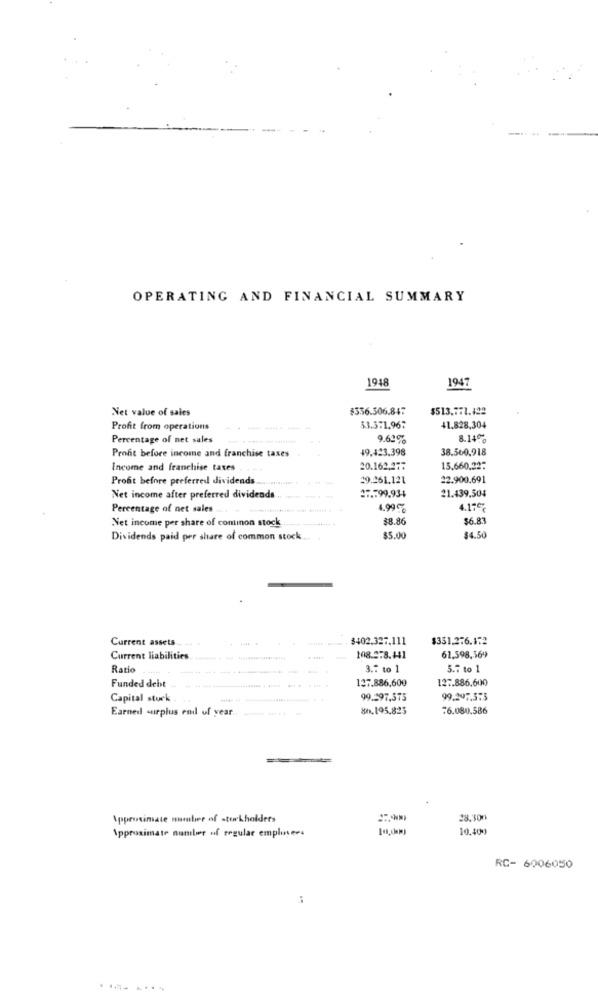
OPERATING AND FINANCIAL SUMMARY
1948
1947
Net value of sales
$356.506.84:
$513,771.122
Profit from operations
$3.371.96:
41.828,304
Percentage of net sales
9.62%
8.14%
Profit before income and franchise taxes
49.423.398
38.560,918
Income and franchise taxes
20.162.277
15,660,22:
Profit before preferred dividends.
19.261.121
22.900.691
Net income after preferred dividends.
27.599.934
21.439,504
Percentage of net sales
4.99%
4.17%
38.86
$6.83
Net income per share of cominon stock
Dividends paid per share of common stock ..
$5.00
$4.50
Current assets
$402.327.111
$351.276.172
Current liabilities
108.578.441
61.598,569
Ratio
3.7 to 1
5.7 to 1
Funded debt
127.886,600
127.886,600
Capital stuck
99.297.575
99.297.573
Earned surplus end of year .. ... .!!
8h.195.825
76.080.586
Approximate number of stockholders
28.300
10.409
Approximate number of regular emplosers
RC- 6006050
.... ....